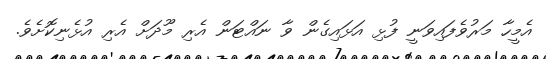
އެމީހާ މަރުވެފައިވަނީ ފުޅި އަޅައިގެން ވާ ނައްޓަން އެރި މޫދަށް އެރި އުޅެނިކޮށެވެ.